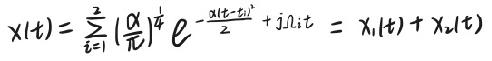
\[ x(t)=\sum_{i = 1}^{2}\left(\frac{\alpha}{\pi}\right)^{\frac{1}{4}}e^{-\frac{\alpha(t - t_{0})^{2}}{2}}+j\Omega_{i}t=x_{1}(t)+x_{2}(t) \]